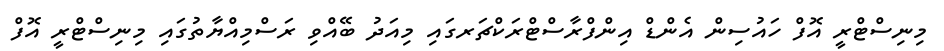
މިނިސްޓްރީ އޮފް ހައުސިން އެންޑް އިންފްރާސްޓްރަކްޗަރގައި މިއަދު ބޭއްވި ރަސްމިއްޔާތުގައި މިނިސްޓްރީ އޮފް